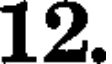
12.